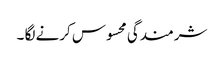
شرمندگی محسوس کرنے لگا ۔